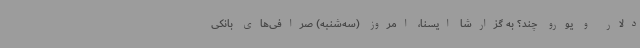
دلار و یورو چند؟ به گزارشا ایسنا، امروز (سه‌شنبه) صرافی‌های بانکی